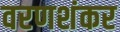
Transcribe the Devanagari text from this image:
वरणशंकर